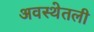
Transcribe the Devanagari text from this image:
अवस्थेतली